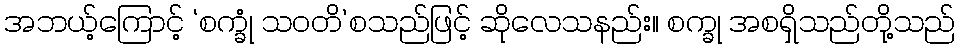
အဘယ့်ကြောင့် ‘စက္ခုံ သဝတိ’စသည်ဖြင့် ဆိုလေသနည်း။ စက္ခု အစရှိသည်တို့သည်